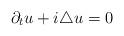
LaTeX: \begin{align*}\partial_t u + i\triangle u = 0\end{align*}